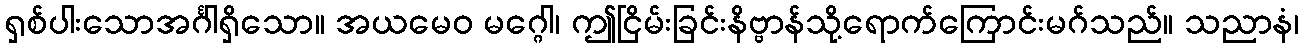
ရှစ်ပါးသောအင်္ဂါရှိသော။ အယမေဝ မဂ္ဂေါ၊ ဤငြိမ်းခြင်းနိဗ္ဗာန်သို့ရောက်ကြောင်းမဂ်သည်။ သညာနံ၊